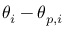
\theta _ { i } - \theta _ { p , i }